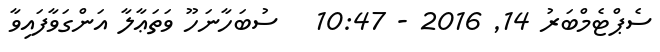
ސެޕްޓެމްބަރު 14